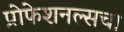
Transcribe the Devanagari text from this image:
प्रोफेशनल्सचा